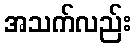
အသက်လည်း